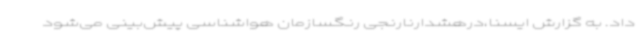
داد. به گزارش ایسنا،درهشدارنارنجی رنگسازمان هواشناسی پیش‌بینی می‌شود